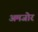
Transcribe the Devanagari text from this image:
अमजोर